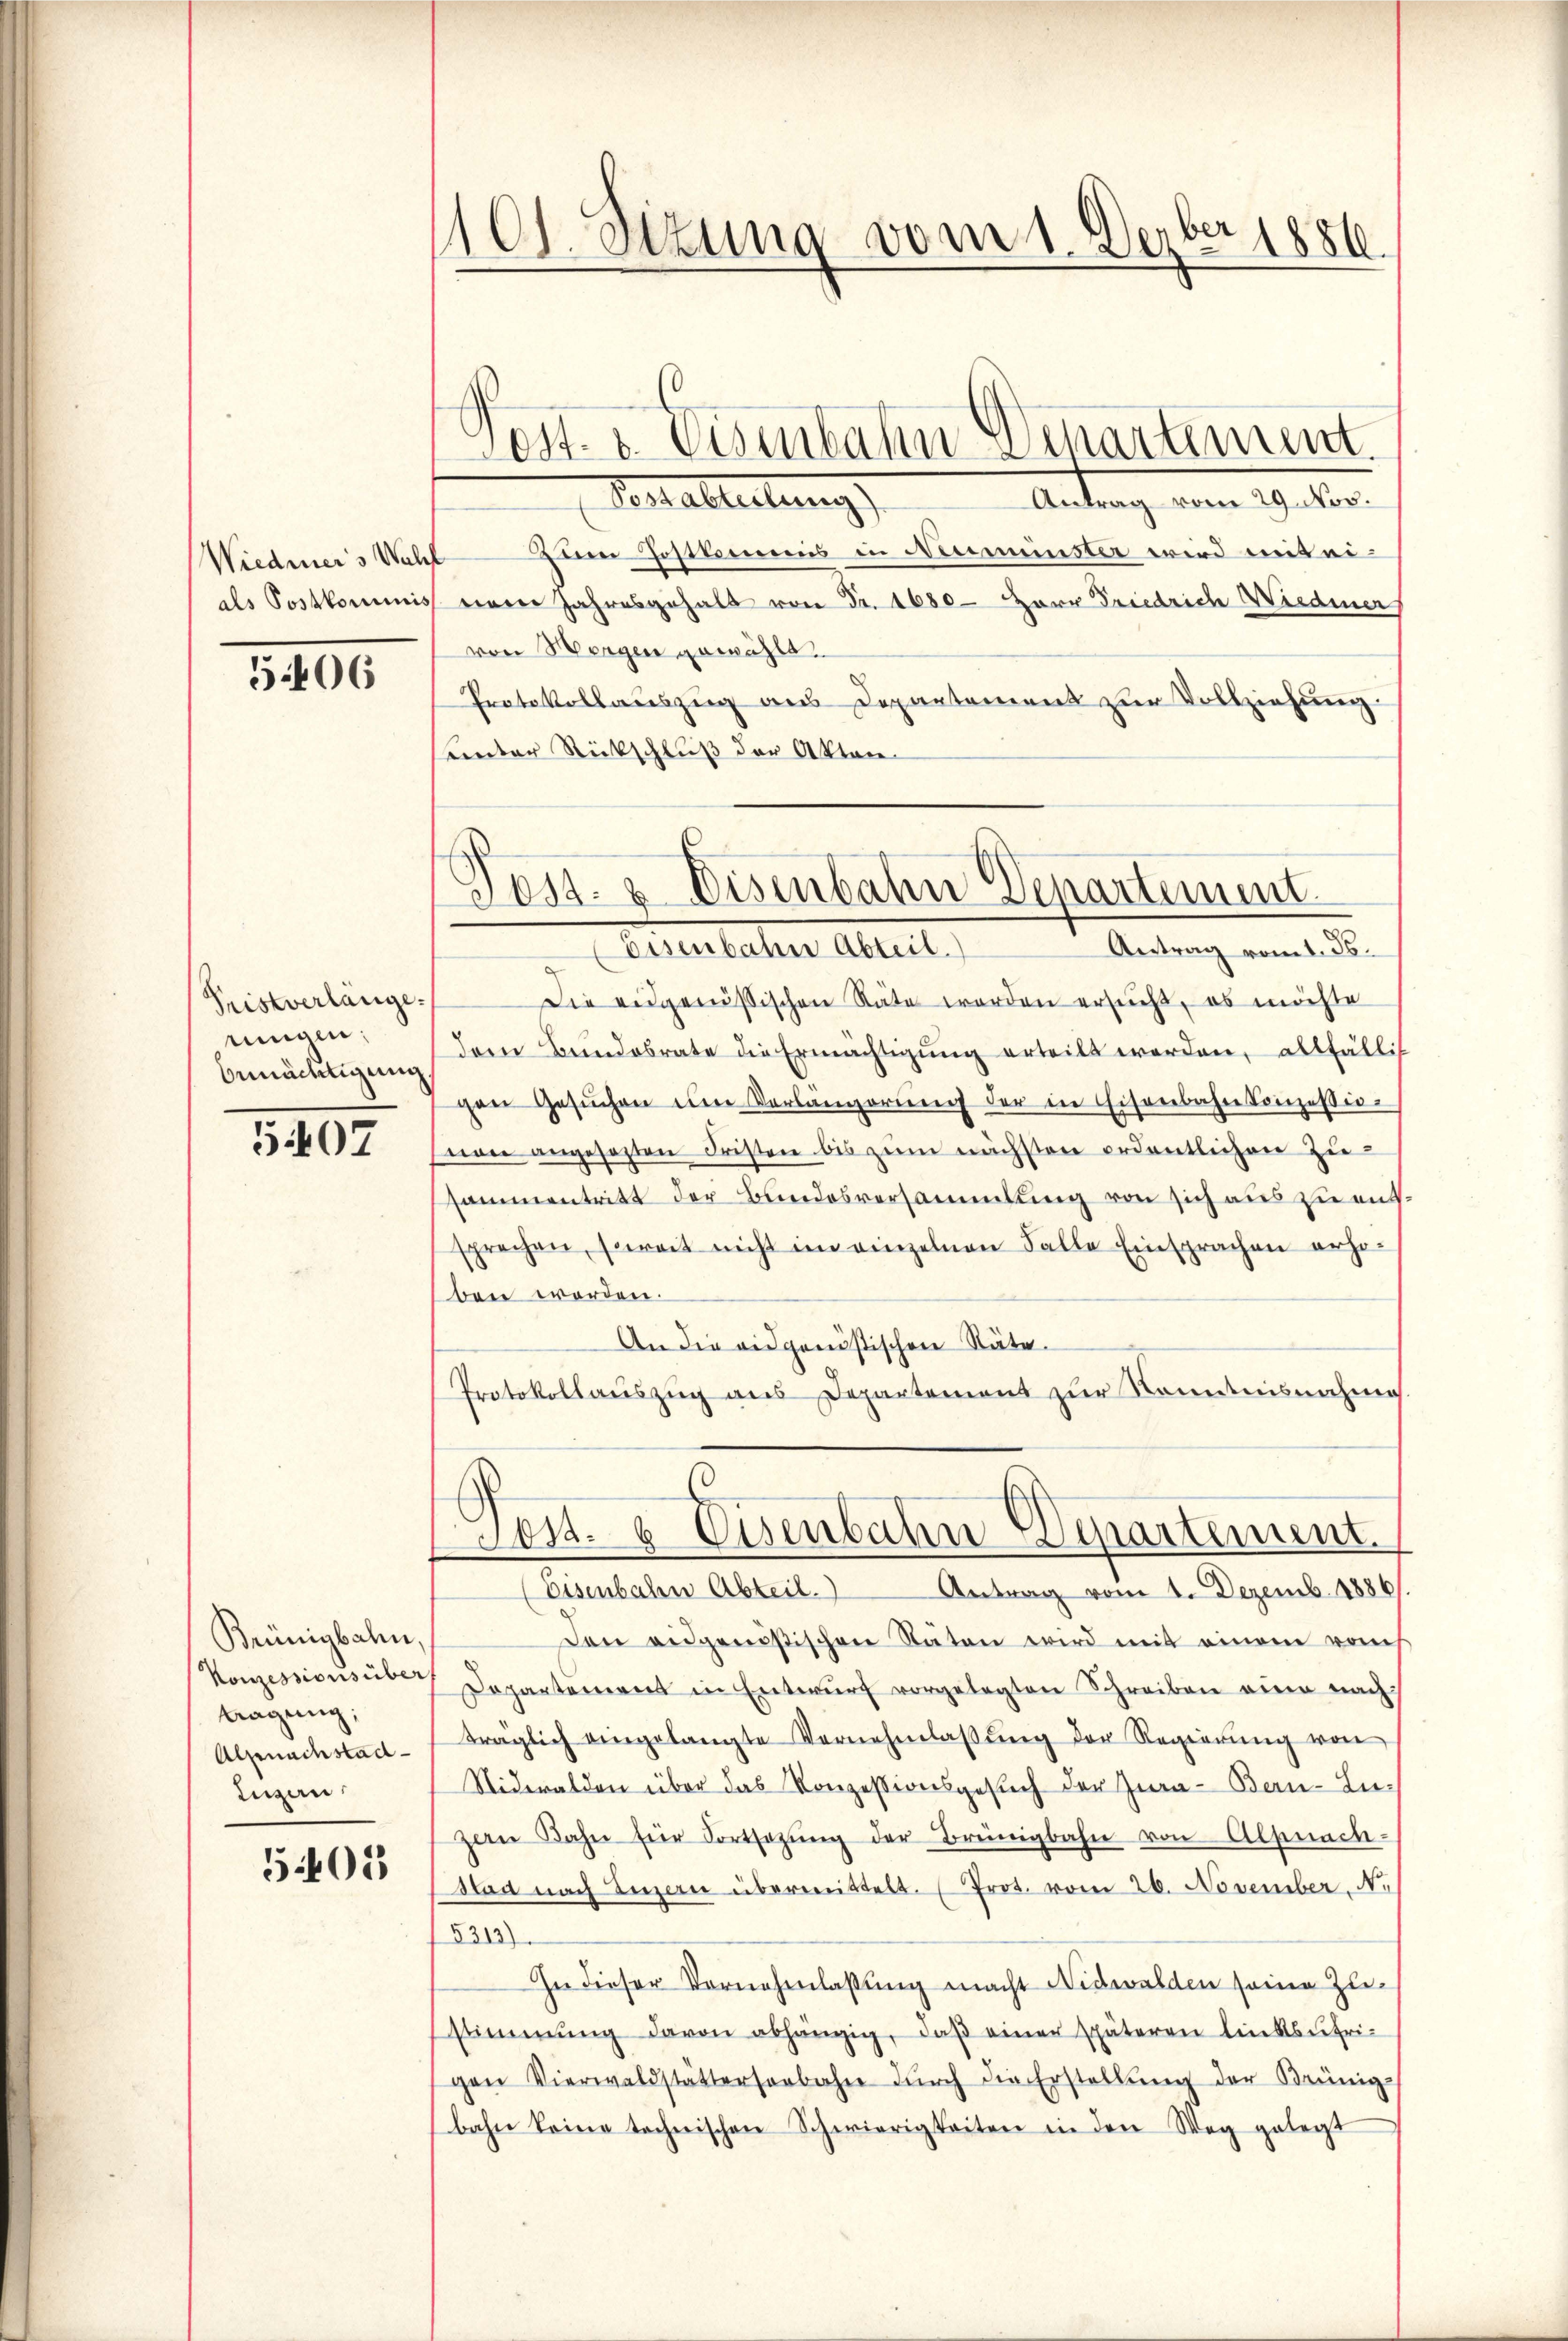
506

Pristverlänge.
ungen:
bemächtigung.

5407

Brünigbahn,
Konzessions über
tragung;
Alpnachstad
Lugan

5405

101. Sitzung vom 1. Dezber 1886.

Sontableitung        Antrag vom 19. der
Wiedmers Wahl zum Postkommnis in Neumünster wird mit ei-
als Postkommiss vom Jahresgehalt von Fr. 1680- Herr Friedrich Wiedeners
von Morgen gewählt.
Protokollauszug aus Departement zur Vollziehung
Lnter Rückschluß der Akten

Post. v. Eisenbahn Departement.

Elterstatter Altert,
Antrag vom 1. Js.
Die eidgenössischen Räte werden ersucht, es möchte
dem Bundesrate die Ermächtigung erteilt werden, allfällig
gen Gesŭchen im Verlängerŭng der in Eisenbahnkonzessio
non angesezten Fristen bis zŭm nächsten ordentlichen Zusammentritt der Bundesversammlung von sich aus zu entsprechen, soweit nicht im einzelnen Falle Einsprachen erhoben worden.
An die eidgenößischen Stäte.
Protokollauszug aus Departement zur Kenntnisnahme
Eisenbahn Abteil. Antrag vom 1. Dezemb. 1886
Den eidgenößischen Stäten wird mit einem rauh
Departement in Entwŭrf vorgelegten Schreiben einer nach
träglich eingelangte Vernehmlassŭng der Regierŭng von
Nidwalden über das Konzessionsgesuch der Jura - Ben-Zuzen Bahn für Fortsetzŭng der Breinigbahn von Alpnach-
Man nach Innern übermittelt. Prot. vom 26. November. N.
5313)
In dieser Vornehmlassung macht Nidwalden seine Zu-
stimmung davon abhängig, daβ einer späteren linksufri-
gen Vierwaldstätterseebahn dŭrch die Erstellŭng der Brünig-
bahn keine technischen Schwierigkeiten in den Weg gelegt

Tost- & Eisenbahn Departement.

Sos. 8 Eisenbahn Departement.